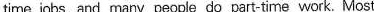
time jobs, and many people do part-time work. Most